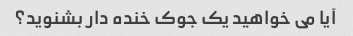
آیا می خواهید یک جوک خنده دار بشنوید؟